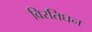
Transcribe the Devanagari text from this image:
विरतिघन